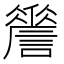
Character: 𧬑